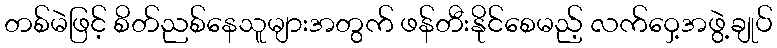
တစ်မဲဖြင့် စိတ်ညစ်နေသူများအတွက် ဖန်တီးနိုင်စေမည့် လက်ဝှေ့အဖွဲ့ချုပ်